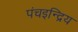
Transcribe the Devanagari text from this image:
पंचइन्द्रिय